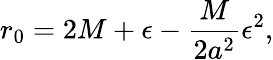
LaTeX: r_{0}=2M+\epsilon-\frac{M}{2a^{2}}\epsilon^{2},